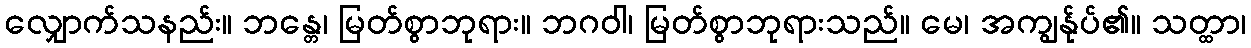
လျှောက်သနည်း။ ဘန္တေ၊ မြတ်စွာဘုရား။ ဘဂဝါ၊ မြတ်စွာဘုရားသည်။ မေ၊ အကျွန်ုပ်၏။ သတ္ထာ၊